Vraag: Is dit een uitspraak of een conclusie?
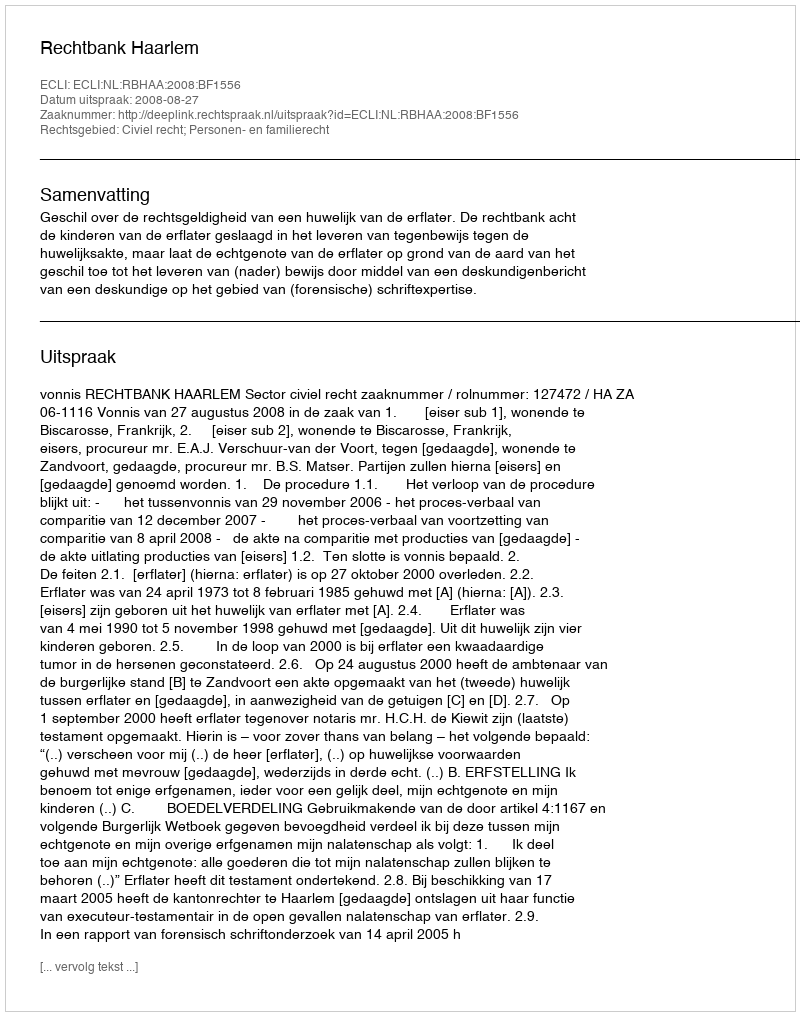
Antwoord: Uitspraak